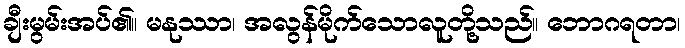
ချီးမွမ်းအပ်၏။ မနုဿာ၊ အလွန်မိုက်သောလူတို့သည်။ ဘောဂရတာ၊